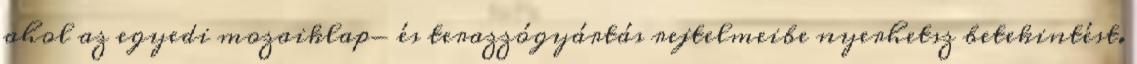
ahol az egyedi mozaiklap- és terazzógyártás rejtelmeibe nyerhetsz betekintést.